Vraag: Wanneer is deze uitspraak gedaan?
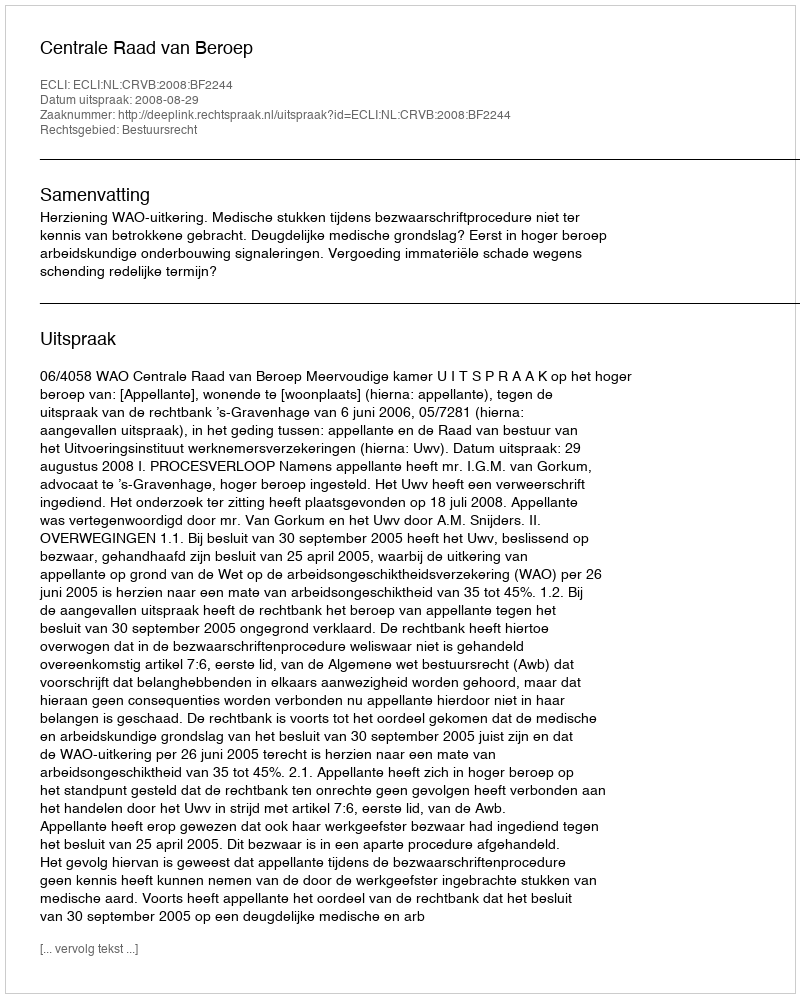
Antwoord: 2008-08-29